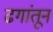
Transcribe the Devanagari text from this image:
ढगांतून